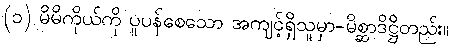
(၁) မိမိကိုယ်ကို ပူပန်စေသော အကျင့်ရှိသူမှာ-မိစ္ဆာဒိဋ္ဌိတည်း။